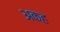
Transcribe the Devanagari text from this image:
अकह